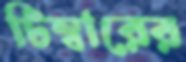
টিম্বারের